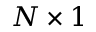
N \times 1